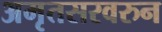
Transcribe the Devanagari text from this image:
अमृतसरवरुन